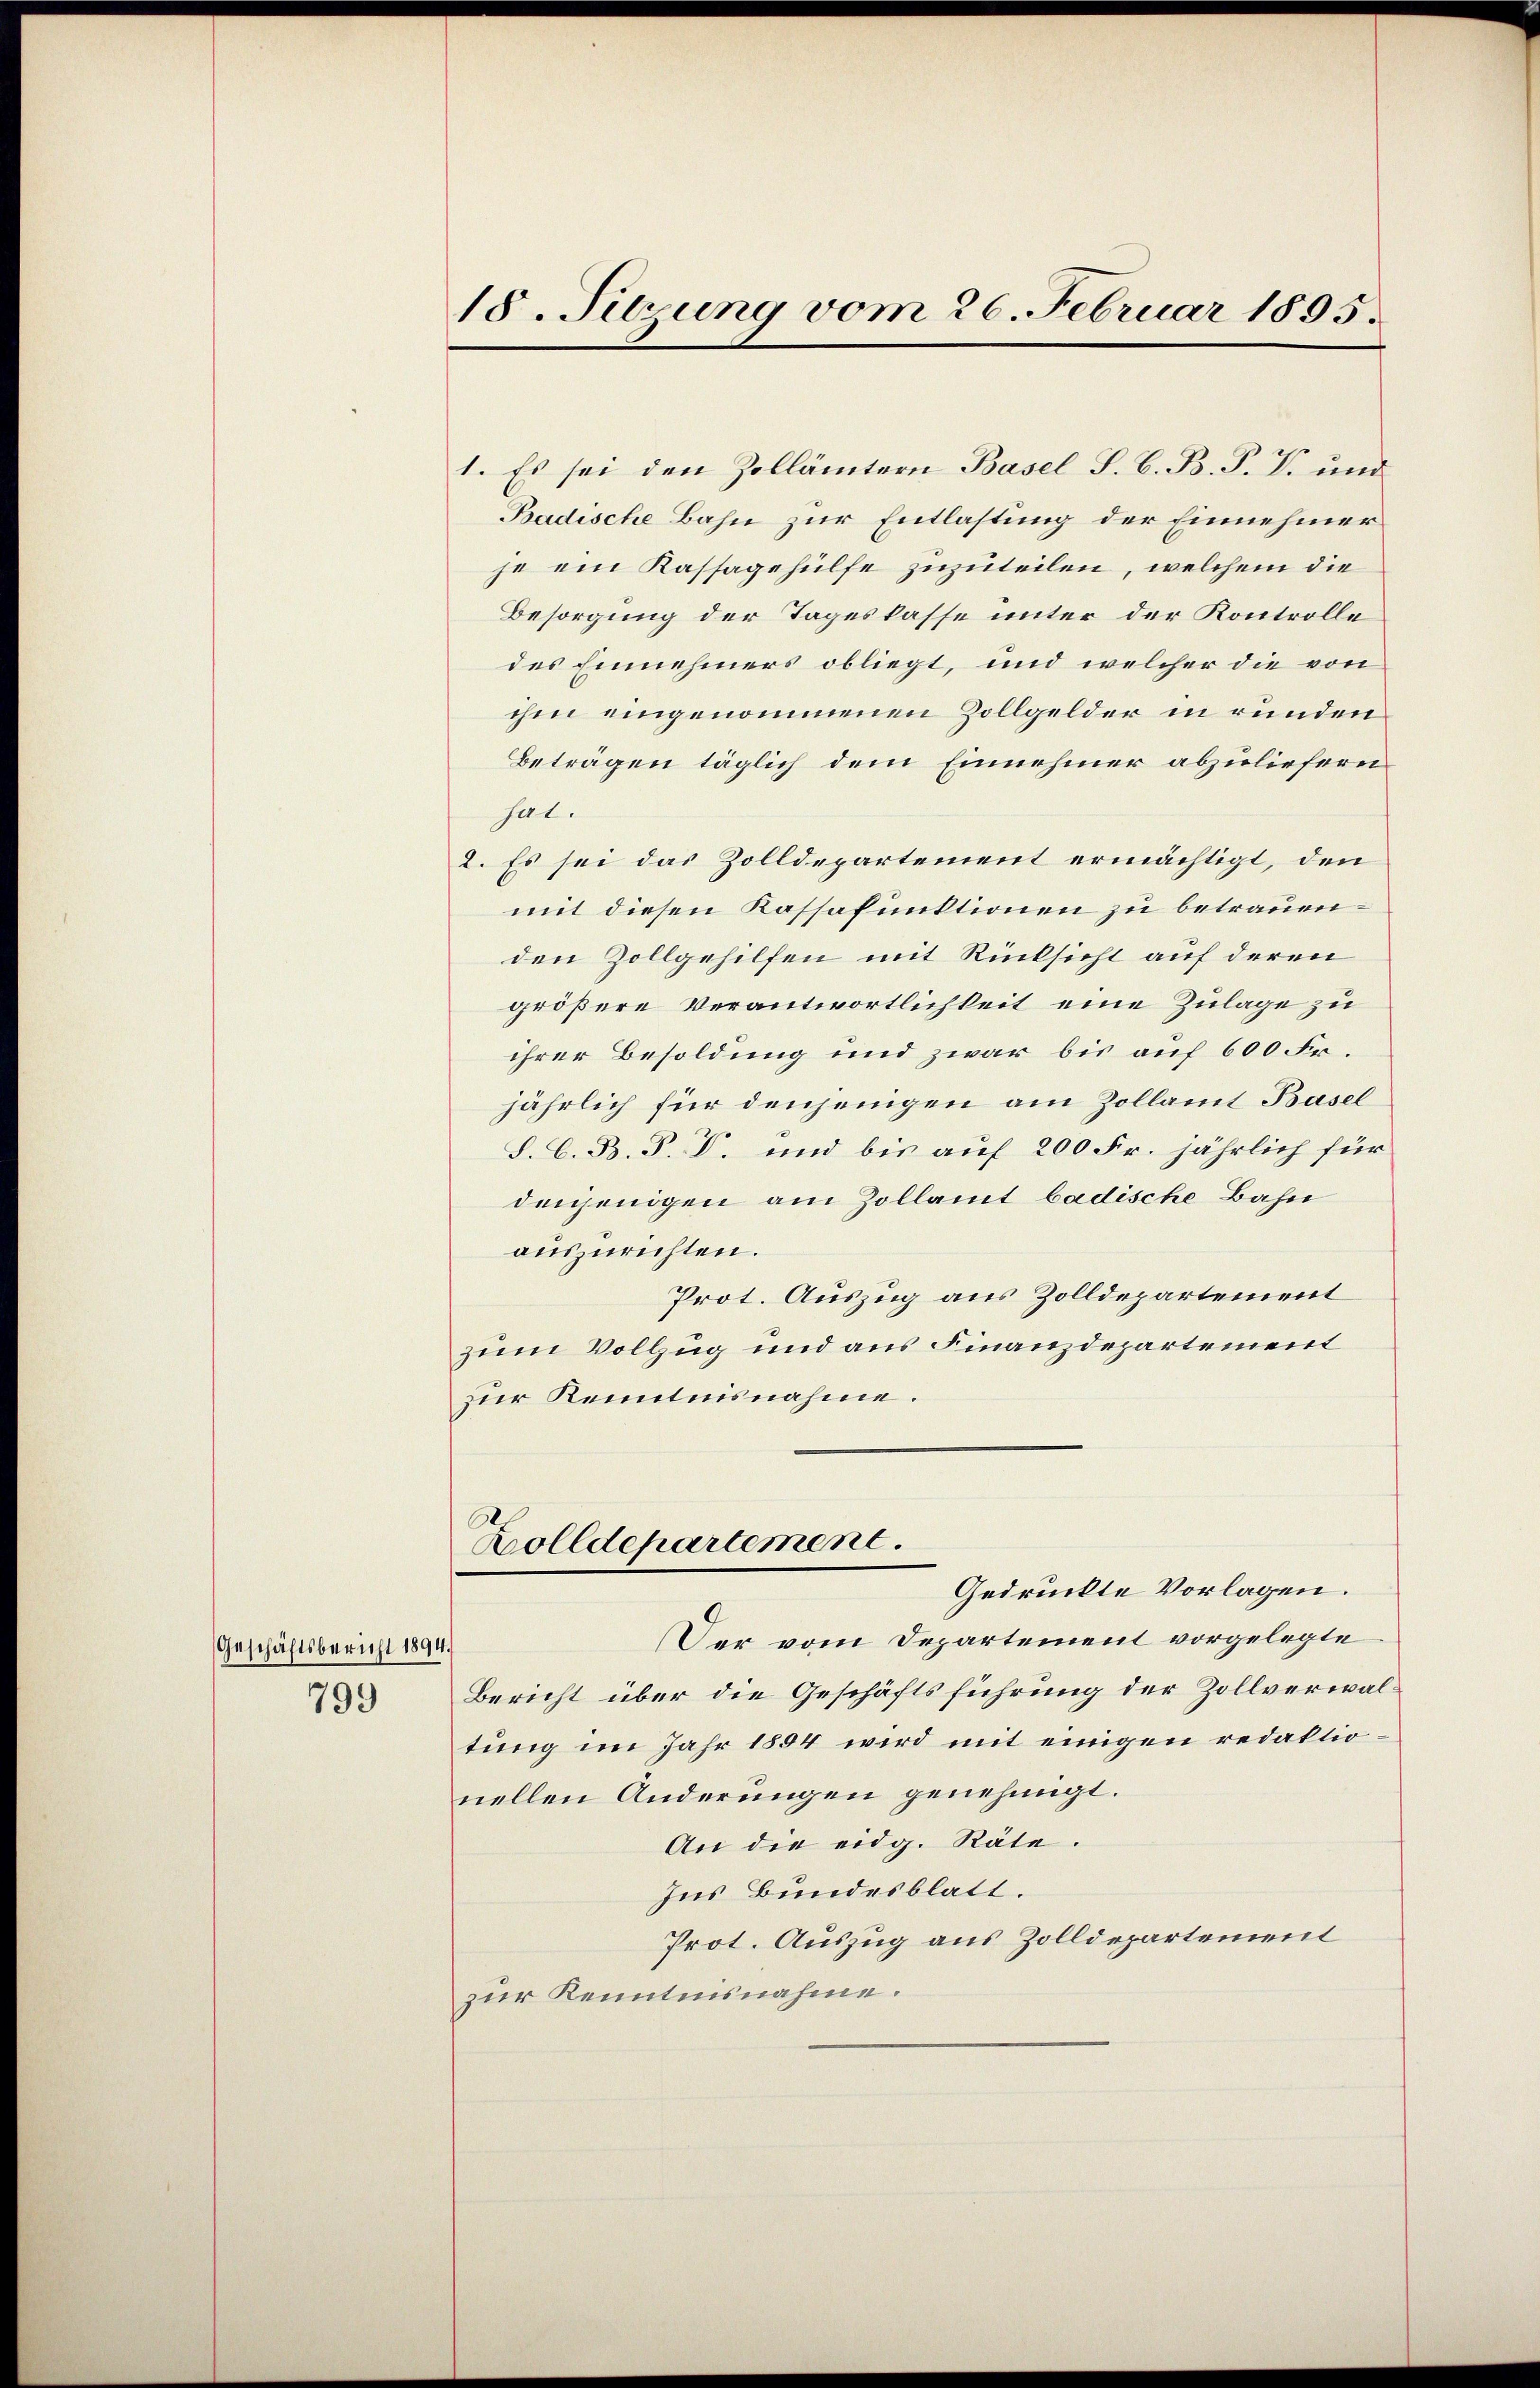
Geschäftsbericht 1894.
799

18. Sitzung vom 26. Februar 1895.

1. Es sei den Zollämtern Basel S. G. B. P. P. und
Badische Bahn zur Entlastung der Einnehmer
je ein Kassagehülfe zuzuteilen, welchem die
Besorgung der Tageskasse unter der Kontrolle
des Einnehmers obliegt, und welcher die von
ihm eingenommenen Zollgelder in runden
Beträgen täglich dem Einnehmer abzuliefern
hat.
2. Es sei das Zolldepartement ermächtigt, den
mit diesen Kassafunktionen zu betrauen.
den Zollgehilfen mit Rücksicht auf deren
größere Verantwortlichkeit eine Zulage zu
ihrer Besoldung und zwar bis auf 600 Fr.
jährlich für denjenigen am Zollamt Basel
S. C. B. P. P. und bis auf 200 Fr. jährlich für
denjenigen am Zollamt badische Bahn
auszurichten.
Prot. Auszug aus Zolldepartement
zum Vollzug und aus Finanzdepartement
zur Kenntnisnahme.
Zolldepartement
Gedrückte Vorlagen.
Der vom Departement vorgelegte
Bericht über die Geschäftsführung der Zollverwaltung im Jahr 1894 wird mit einigen redaktionellen Änderungen genehmigt.
An die eidg. Räte.
Ins Bundesblatt.
Prot. Auszug aus Zolldepartement
zur Kenntnisnahme.